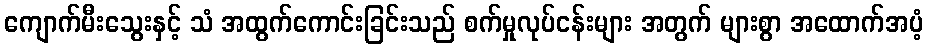
ကျောက်မီးသွေးနှင့် သံ အထွက်ကောင်းခြင်းသည် စက်မှုလုပ်ငန်းများ အတွက် များစွာ အထောက်အပံ့